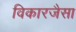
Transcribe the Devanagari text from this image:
विकारजैसा